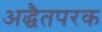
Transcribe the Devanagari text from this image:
अद्धैतपरक